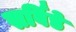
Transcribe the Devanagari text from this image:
सर्विडे